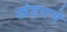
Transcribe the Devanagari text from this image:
खंडपणे